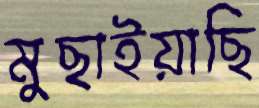
মুছাইয়াছি